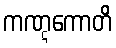
ကဏ္ဋကောတိ